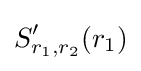
S_{r_{1},r_{2}}'(r_{1})